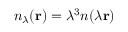
n _ { \lambda } ( \mathbf { r } ) = \lambda ^ { 3 } n ( \lambda \mathbf { r } )